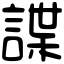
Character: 諜